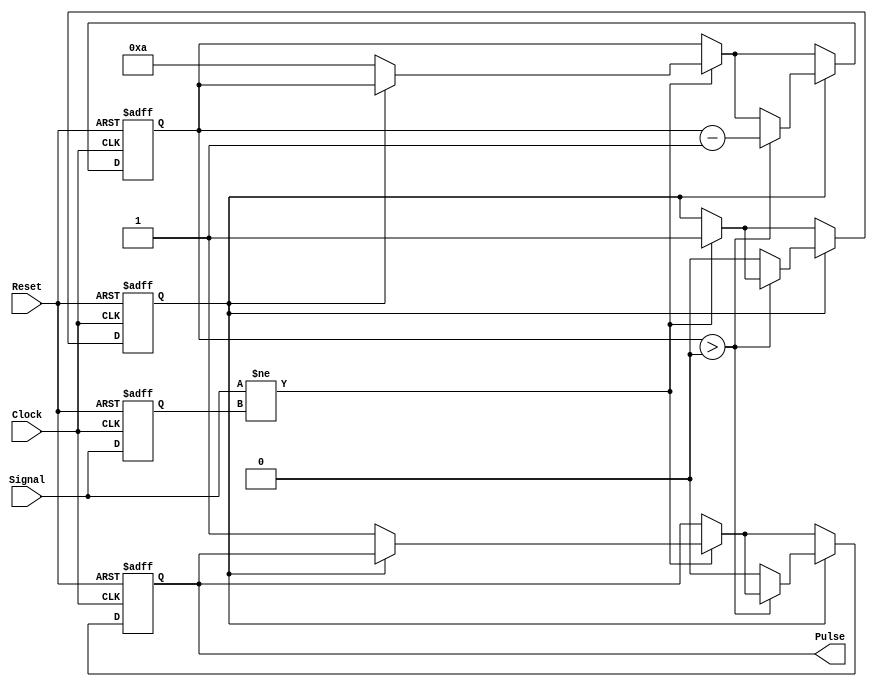
module MonostableEdgeDetector (
    input wire Signal,      // Input signal to detect edges
    input wire Clock,      // Clock signal
    input wire Reset,      // Reset signal
    output reg Pulse       // Output pulse
);

    // Parameters
    parameter PULSE_WIDTH = 10; // Duration of the pulse in clock cycles

    // Internal signals
    reg prev_signal;           // Previous state of the input signal
    reg [3:0] pulse_counter;   // Counter for pulse duration
    reg pulse_active;          // Indicates if pulse is active

    // Edge detection and pulse generation
    always @(posedge Clock or posedge Reset) begin
        if (Reset) begin
            prev_signal <= 1'b0;
            Pulse <= 1'b0;
            pulse_counter <= 4'b0000;
            pulse_active <= 1'b0;
        end else begin
            // Edge detection
            if (Signal != prev_signal) begin
                // Edge detected
                if (!pulse_active) begin
                    Pulse <= 1'b1;          // Generate pulse
                    pulse_counter <= PULSE_WIDTH; // Start pulse duration
                    pulse_active <= 1'b1;   // Set pulse active flag
                end
            end
            
            // Pulse duration control
            if (pulse_active) begin
                if (pulse_counter > 0) begin
                    pulse_counter <= pulse_counter - 1; // Decrement counter
                end else begin
                    Pulse <= 1'b0;          // End pulse
                    pulse_active <= 1'b0;   // Reset pulse active flag
                end
            end
            
            // Update previous signal state
            prev_signal <= Signal;
        end
    end

endmodule